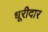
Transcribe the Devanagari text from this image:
धूरीदार